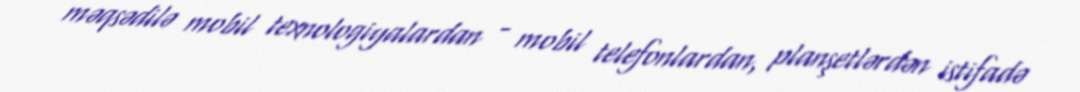
məqsədilə mobil texnologiyalardan - mobil telefonlardan, planşetlərdən istifadə